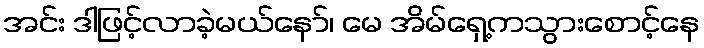
အင်း ဒါဖြင့်လာခဲ့မယ်နော်၊ မေ အိမ်ရှေ့ကသွားစောင့်နေ